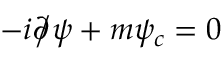
- i { \partial \! \! \! { \big / } } \psi + m \psi _ { c } = 0